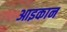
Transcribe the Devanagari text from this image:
आइकान